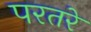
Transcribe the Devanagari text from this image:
परतरे